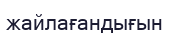
жайлағандығын